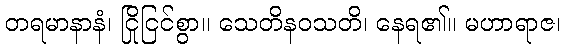
တရမာနာနံ၊ ငြိုငြင်စွာ။ သေတိနဝသတိ၊ နေရ၏။ မဟာရာဇ၊